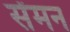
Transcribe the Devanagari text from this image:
सेंमन